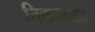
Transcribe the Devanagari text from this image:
तिकडल्या